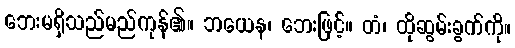
ဘေးမရှိသည်မည်ကုန်၏။ ဘယေန၊ ဘေးဖြင့်။ တံ၊ ထိုဆွမ်းခွက်ကို။